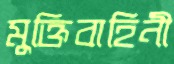
মুক্তিবাহিনী